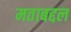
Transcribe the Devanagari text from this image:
मताबद्दल